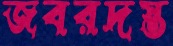
জবরদস্ত